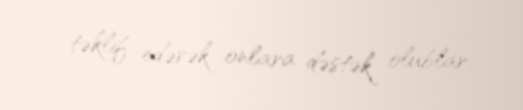
təklif edərək onlara dəstək olublar.